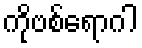
ကိုဗစ်ရောဂါ